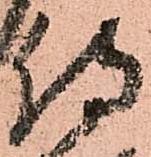
侍